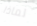
لماذا